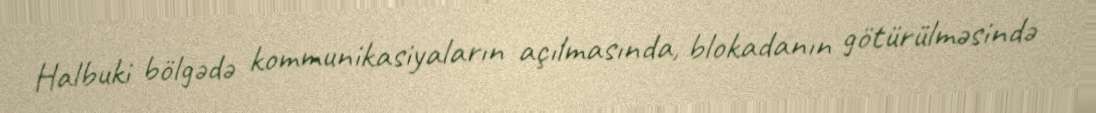
Halbuki bölgədə kommunikasiyaların açılmasında, blokadanın götürülməsində